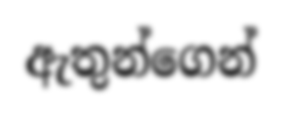
ඇතුන්ගෙන්